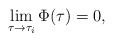
\begin{align*}\lim_{\tau\to\tau_{i}}\Phi(\tau)=0,\end{align*}